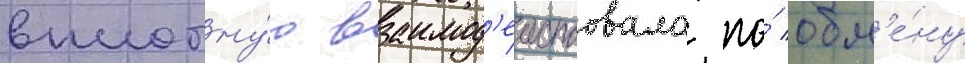
вплотну́ю взаимод'еиствовала по́ обм'е́ну